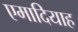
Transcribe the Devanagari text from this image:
एमादियाह